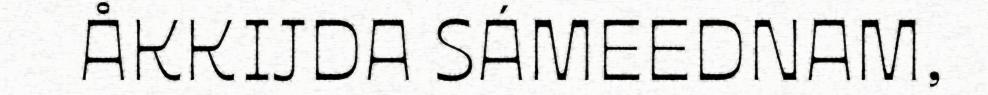
ÅKKIJDA SÁMEEDNAM,